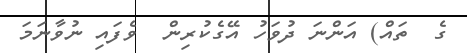
ގެ  ތައް) އަންނަ ދުވަހު އޭގެކުރިން  ވެފައި ނުވާނަމަ